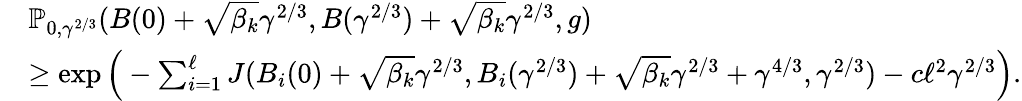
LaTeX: \begin{array}{rl}&{\mathbb{P}_{0,\gamma^{2/3}}(B(0)+\sqrt{\beta_{k}}\gamma^{2/3},B(\gamma^{2/3})+\sqrt{\beta_{k}}\gamma^{2/3},g)}\\ &{\ge\exp\Big(-\sum_{i=1}^{\ell}J(B_{i}(0)+\sqrt{\beta_{k}}\gamma^{2/3},B_{i}(\gamma^{2/3})+\sqrt{\beta_{k}}\gamma^{2/3}+\gamma^{4/3},\gamma^{2/3})-c\ell^{2}\gamma^{2/3}\Big).}\end{array}